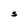
Character: S